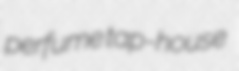
perfume tap-house